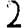
Digit: 2